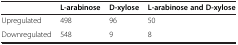
|  | L-arabinose | D-xylose | L-arabinose and D-xylose |
 | --- | --- | --- | --- |
 | Upregulated | 498 | 96 | 50 |
 | Downregulated | 548 | 9 | 8 |